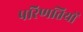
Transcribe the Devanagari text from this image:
परिणतियों